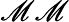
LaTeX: \mathscr{M}\mathscr{M}